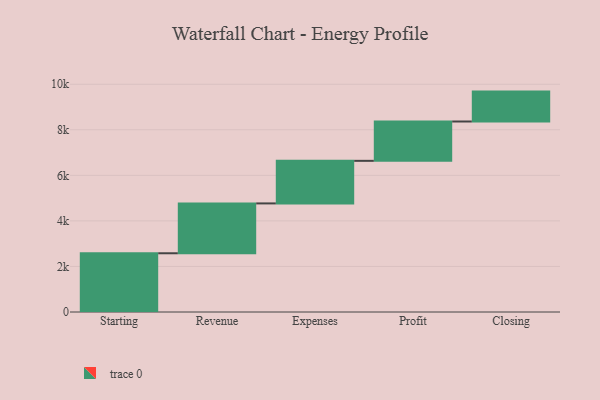
{"axis": {"x": "Step", "y": "Value"}, "legend": [""], "data": [{"x": "Starting", "y": 2579.0, "type": ""}, {"x": "Revenue", "y": 2189.0, "type": ""}, {"x": "Expenses", "y": 1869.0, "type": ""}, {"x": "Profit", "y": 1727.0, "type": ""}, {"x": "Closing", "y": 1313.0, "type": ""}]}